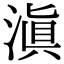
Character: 滇